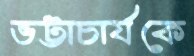
ভট্টাচার্যকে